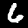
Label: 6